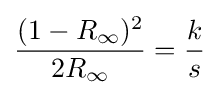
{\frac {(1-R_{\infty })^{2}}{2R_{\infty }}}={\frac {k}{s}}